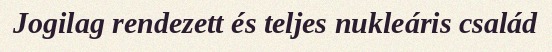
Jogilag rendezett és teljes nukleáris család